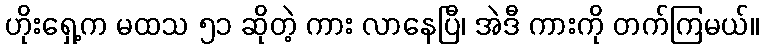
ဟိုးရှေ့က မထသ ၅၁ ဆိုတဲ့ ကား လာနေပြီ၊ အဲဒီ ကားကို တက်ကြမယ်။